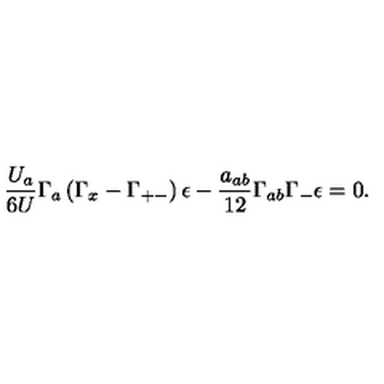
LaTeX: { \frac { U _ { a } } { 6 U } } \Gamma _ { a } \left( \Gamma _ { x } - \Gamma _ { + - } \right) \epsilon - { \frac { a _ { a b } } { 1 2 } } \Gamma _ { a b } \Gamma _ { - } \epsilon = 0 .